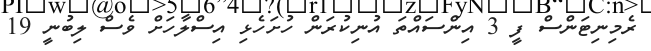
ރެމިނިޓަންސް ފީ 3 އިންސައްތަ އުނިކުރަން ހުށަހެޅި އިސްލާހަށް ވެސް ލިބުނީ 19